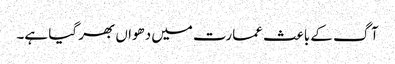
آگ کے باعث عمارت میں دھواں بھر گیا ہے۔